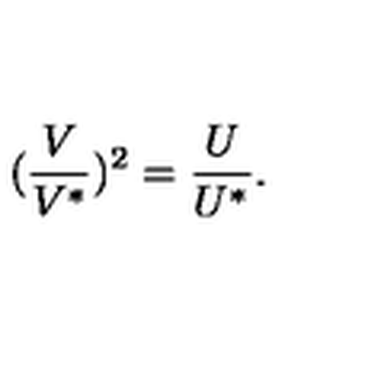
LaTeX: ( \frac { V } { V ^ { * } } ) ^ { 2 } = \frac { U } { U ^ { * } } .